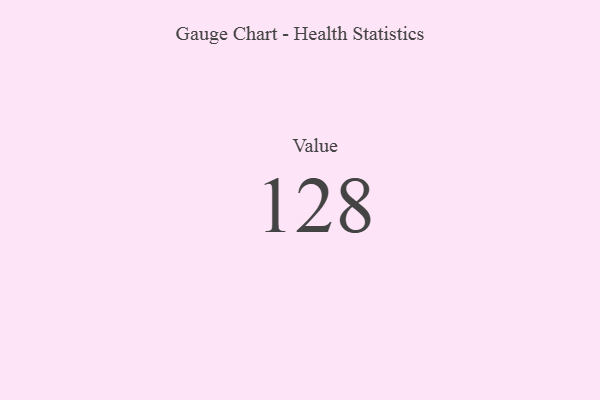
{"axis": {"x": "Metric", "y": "Value"}, "legend": [""], "data": [{"x": "Value", "y": 128, "type": ""}]}